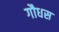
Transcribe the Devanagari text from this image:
गौधस